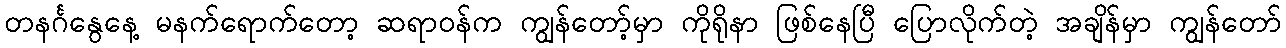
တနင်္ဂနွေနေ့ မနက်ရောက်တော့ ဆရာဝန်က ကျွန်တော့်မှာ ကိုရိုနာ ဖြစ်နေပြီ ပြောလိုက်တဲ့ အချိန်မှာ ကျွန်တော်